Vaccination in Burma 1889-1999 - 1889-1999
Year: 1889
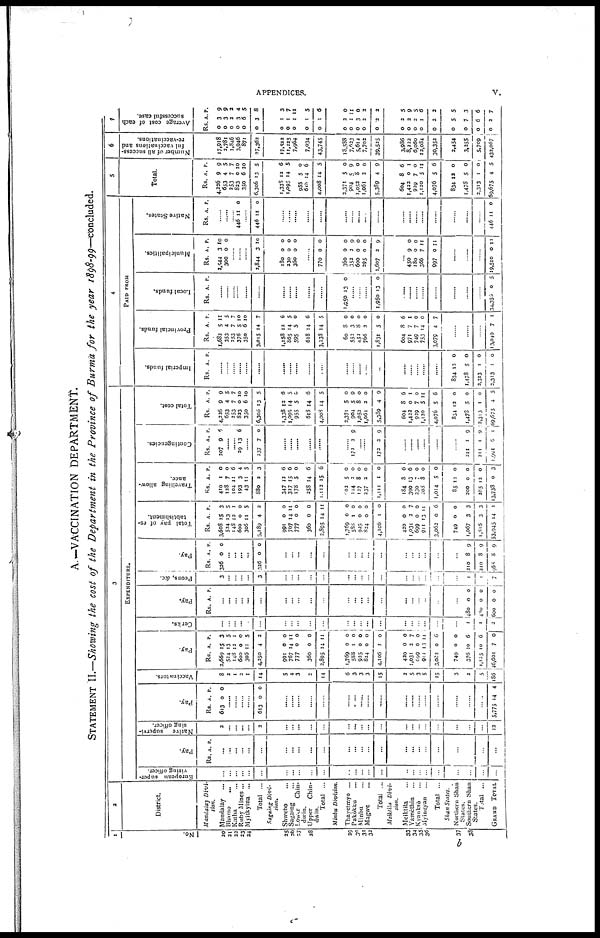
APPENDICES.
v.
A.—VACCINATION DEPARTMENT.
STATEMENT II.—Showing the cost of the Department in the Province of Burma for the year 1898-99—concluded.
1
No.
20
21
22
23
24
25
26
27
28
29
30
32
33
34
35
36
37
38
2
District.
Mandalay Divi -
sion.
Mandalay
...
Bhamo
...
Katha ...
Ruby Mines...
Myitkyina ...
Total ...
Sagaing Divi-
sion.
Shwebo ...
Sagaing
Lower
Chin-
dwin.
Upper Chin-
dwin.
Total ...
Minbu Division.
Thayetmyo ...
Pakôkku ...
Minbu ...
Magwe ...
Total ...
Meiktila Divi-
sion.
Meiktila ...
Yamèthin ...
K yanksè ...
Myingyan ...
Total ...
Shan States.
Northern Shan
Status.
Southern Shan
States.
Total ...
GRAND TOTAL
3
EXEPNDITURE.
European super-
vising officer.
...
...
...
...
...
...
...
...
...
...
...
...
...
...
...
...
...
...
...
...
...
...
...
...
...
Pay.
Rs. A. P.
...
...
...
...
...
...
...
...
...
...
...
...
...
...
...
...
...
...
...
...
...
...
...
...
...
Native supervi-
sing officer.
2
...
...
...
...
2
...
...
...
...
...
...
...
...
...
...
...
...
...
...
...
...
...
...
12
Pay.
Rs.
613
A.
0
P.
0
......
......
......
......
613 0 0
...
...
...
...
...
...
...
...
...
...
...
...
...
...
...
...
...
...
5,775 14 4
Vaccinators.
8
2
1
3
1
14
5
4
3
2
14
6
3
3
3
15
2
5
3
5
15
3
2
5
186
Pay.
Rs.
2,669
524
148
600
306
4,350
991
767
777
360
2,895
1,769
588
935
824
4,106
420
1,031
699
911
3,062
749
376
1,125
46,601
A.
15
13
12
0
11
4
0
14
0
0
14
0
1
0
0
1
0
2
0
13
0
0
10
10
7
P.
3
5
1
0
5
2
0
11
0
0
11
0
0
0
0
0
0
7
0
11
6
0
6
6
0
Cerks.
...
...
...
...
...
...
...
...
...
...
...
...
...
...
...
...
...
...
...
...
...
...
1
1
2
Pay.
Rs A. P.
...
...
...
...
...
...
...
...
...
...
...
...
... ...
...
...
...
...
...
...
...
...
480
480
600
0
0
0
0
0
0
Peons, &c.
3
...
...
...
...
3
...
...
...
...
...
...
...
...
...
...
...
...
...
...
...
...
1
1
7
Pay.
Rs.
326
A.
0
P.
0
...
... ...
...
326 0 0
...
... ...
...
...
...
... ...
...
...
...
...
...
...
...
...
210
210
968
8
8
8
9
9
9
Total pay of es-
tablishment.
Rs.
3,608
524
148
600
306
5,189
991
767
777
360
2,395
1,769
588
925
824
4,106
420
1,031
699
911
3,062
749
1,067
1,816
53,945
A.
15
13
12
0
11
4
0
14
0
0
14
0
1
0
0
1
0
2
0
13
0
0
3
3
14
P.
3
5
1
0
5
2
0
11
0
0
11
0
0 0
0
0
0
7
0
11
6
0
3
3
1
Travelling allow-
ance.
Rs.
410
128
104
193
43
880
347
327
178
258
1,112
602
144
127
237
1,111
184
390
330
208
1,014
35
200
285
13,738
A.
1
7
11
3
11
2
12
15
5
14
15
5
2
8
2
1
8
13
7 8
5
12
0
12
0
P.
0
0
6
4
5
3
6
6
0
6
6
0
0 0
0
0
6
6
0
0
0
0
0
0
3
Contingencies.
Rs.
207
A.
9
P.
6
...
... 29 13 6
...
237 7 0
......
......
......
......
......
......
172 2 9
......
......
172 2 9
......
......
......
......
......
......
211
211
1,999
1
1
6
9
9
1
Total cost.
Rs.
4,226
653
253
823
350
6,306
1,338
1,095
955
618
4,008
2,371
904 1,052
1,061
5,389
604
1,422
929
1,120
4,076
854
1,478
2,313
69,675
A.
9
4
7
0
6
13
12
14
5
14
14
5
5
8
2
4
8
0
7
5
5
12
5
1
4
P.
9
5
7
10
10
5
6
5
0
6
5
0
0
0
0
9
6
1
0
11
6
0
0
0
5
4
PAID FROM
Imperial funds.
Rs. A. P.
......
......
......
......
......
......
......
......
......
......
......
......
......
......
....
......
......
......
......
......
834
1,478
2,313
2,313
13
5
1
1
0
0
0
0
Provincial funds.
Rs.
1,682
353
253
376
350
3,015
1,158
865
595
618
3,238
60
553
452
766
1,831
604
971
749
753
3,079
A.
5
4
7
5
6
14
12
14
5
14
14
8
3
8
2
5
8
7
7
14
4
P.
11
5
7
10
10
7
6
5
0
6
5
0
0
0
0
0
6
1
0
0
7
......
.....
......
13,049 7 1
Local funds.
Rs. A. P.
......
......
......
......
......
......
......
......
......
......
......
1,950 13 0
......
......
......
1,950 13 0
...
......
......
......
......
......
......
......
34,355 0 5
Municipalities.
Rs.
2,544
300
A.
3
0
P.
10
0
......
......
......
2,844 3 10
180
230
360
0
0
0
0
0
0
......
770 0 0
360
352
600
295
1,607
0
2
0
0
2
0
9
0
0
9
450
180
366
997
9
0
7
0
0
0
11
11
......
......
......
19,510 0 11
Native States.
Rs. A. P.
......
......
446 11 0
......
446 11 0
......
......
......
......
......
......
......
......
......
......
......
......
......
......
......
......
......
446 11 0
5
Total.
Rs.
4,226
653
253
823
350
6,306
1,338
1,095
955
618
4,008
3,371
904
1,052
1,061
5,389
604
1,422
939
1,120
4,076
834
1,478
2,313
69,675
A.
9
4
7
0
6
13
12
14
5
14
14
5
5 8
2
4
8
0
7
5
5
12
5
1
4
P.
9
5
7
10
10
5
6
5
0
6
5
0
9
0
0
9
6
1
0
11
6
0
0
0
5
6
Number of all success-
ful vaccinations and
re-vaccinations.
17,918
2,781
1,846
3,946
871
27,362
17,522
11,225
7,964
7,034
43,745
18,588
7,623 5,612
7,702
39,525
3,986
8,222
6,060
12,084
30,352
2,454
3,255
5,709
432,067
7
Average cost of each
successful case.
Rs.
0
0
0
0
0
0
0
0
0
0
0
0
0 0
0
0
0
0
0
0
0
0
0
0
0
A.
3
3
2
3
6
3
1
1
1
1
1
2
1 3
2
2
2
2
2
1
2
5
7
6
2
P.
9
9
2
4
5
8
3
7
11
5
6
0
11 0
2
2
5
9
5
6
2
5
3
6
7
b